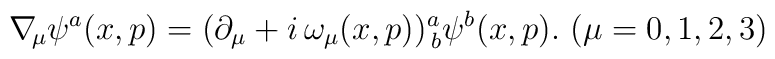
\nabla\!_\mu\psi^a(x,p)=(\partial_\mu+i\,\omega_\mu(x,p))^a_{\,b}\psi^b(x,p). \ (\mu=0,1,2,3)